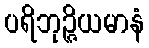
ပရိဘုဉ္ဇိယမာနံ